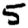
Digit: 5